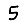
Digit: 5